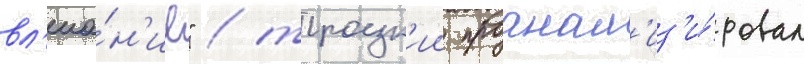
вл'иа́н'ие" / троцк'ии проанал'из'и́ровал